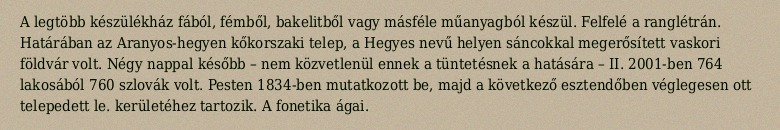
A legtöbb készülékház fából, fémből, bakelitből vagy másféle műanyagból készül. Felfelé a ranglétrán. Határában az Aranyos-hegyen kőkorszaki telep, a Hegyes nevű helyen sáncokkal megerősített vaskori földvár volt. Négy nappal később – nem közvetlenül ennek a tüntetésnek a hatására – II. 2001-ben 764 lakosából 760 szlovák volt. Pesten 1834-ben mutatkozott be, majd a következő esztendőben véglegesen ott telepedett le. kerületéhez tartozik. A fonetika ágai.